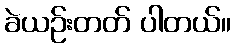
ခဲယဉ်းတတ် ပါတယ်။